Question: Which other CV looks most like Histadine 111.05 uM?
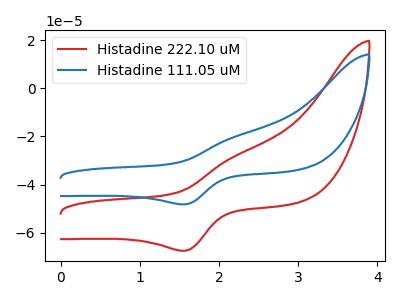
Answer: <think>The red curve "Histadine 222.10 uM" has an anodic peak at (2.15V, -28.75uA) and a cathodic peak at (1.55V, -67.45uA). The blue curve "Histadine 111.05 uM" has an anodic peak at (2.15V, -20.55uA) and a cathodic peak at (1.55V, -48.20uA).
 All the peaks in "Histadine 222.10 uM" have a peak in "Histadine 111.05 uM" at the same potential.</think>
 <answer>The CV with the most similar shape to "Histadine 222.10 uM" is "Histadine 111.05 uM".</answer>
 <eval>"Histadine 111.05 uM"</eval>